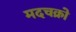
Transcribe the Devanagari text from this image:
मदचक्रो